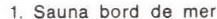
1. Sauna bord de mer